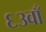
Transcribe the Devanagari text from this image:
६३वाँ